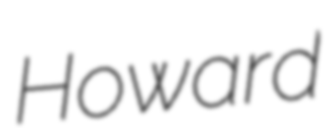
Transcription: Howard